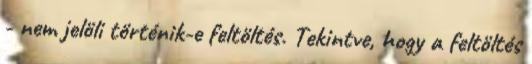
- nem jelöli történik-e feltöltés. Tekintve, hogy a feltöltés